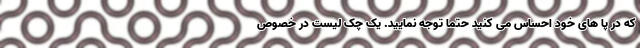
که در پا های خود احساس می کنید حتما توجه نمایید. یک چک لیست در خصوص